65_HS1-834228961_62-HQ-83894_Section_7
Agency: FBI
Page 9
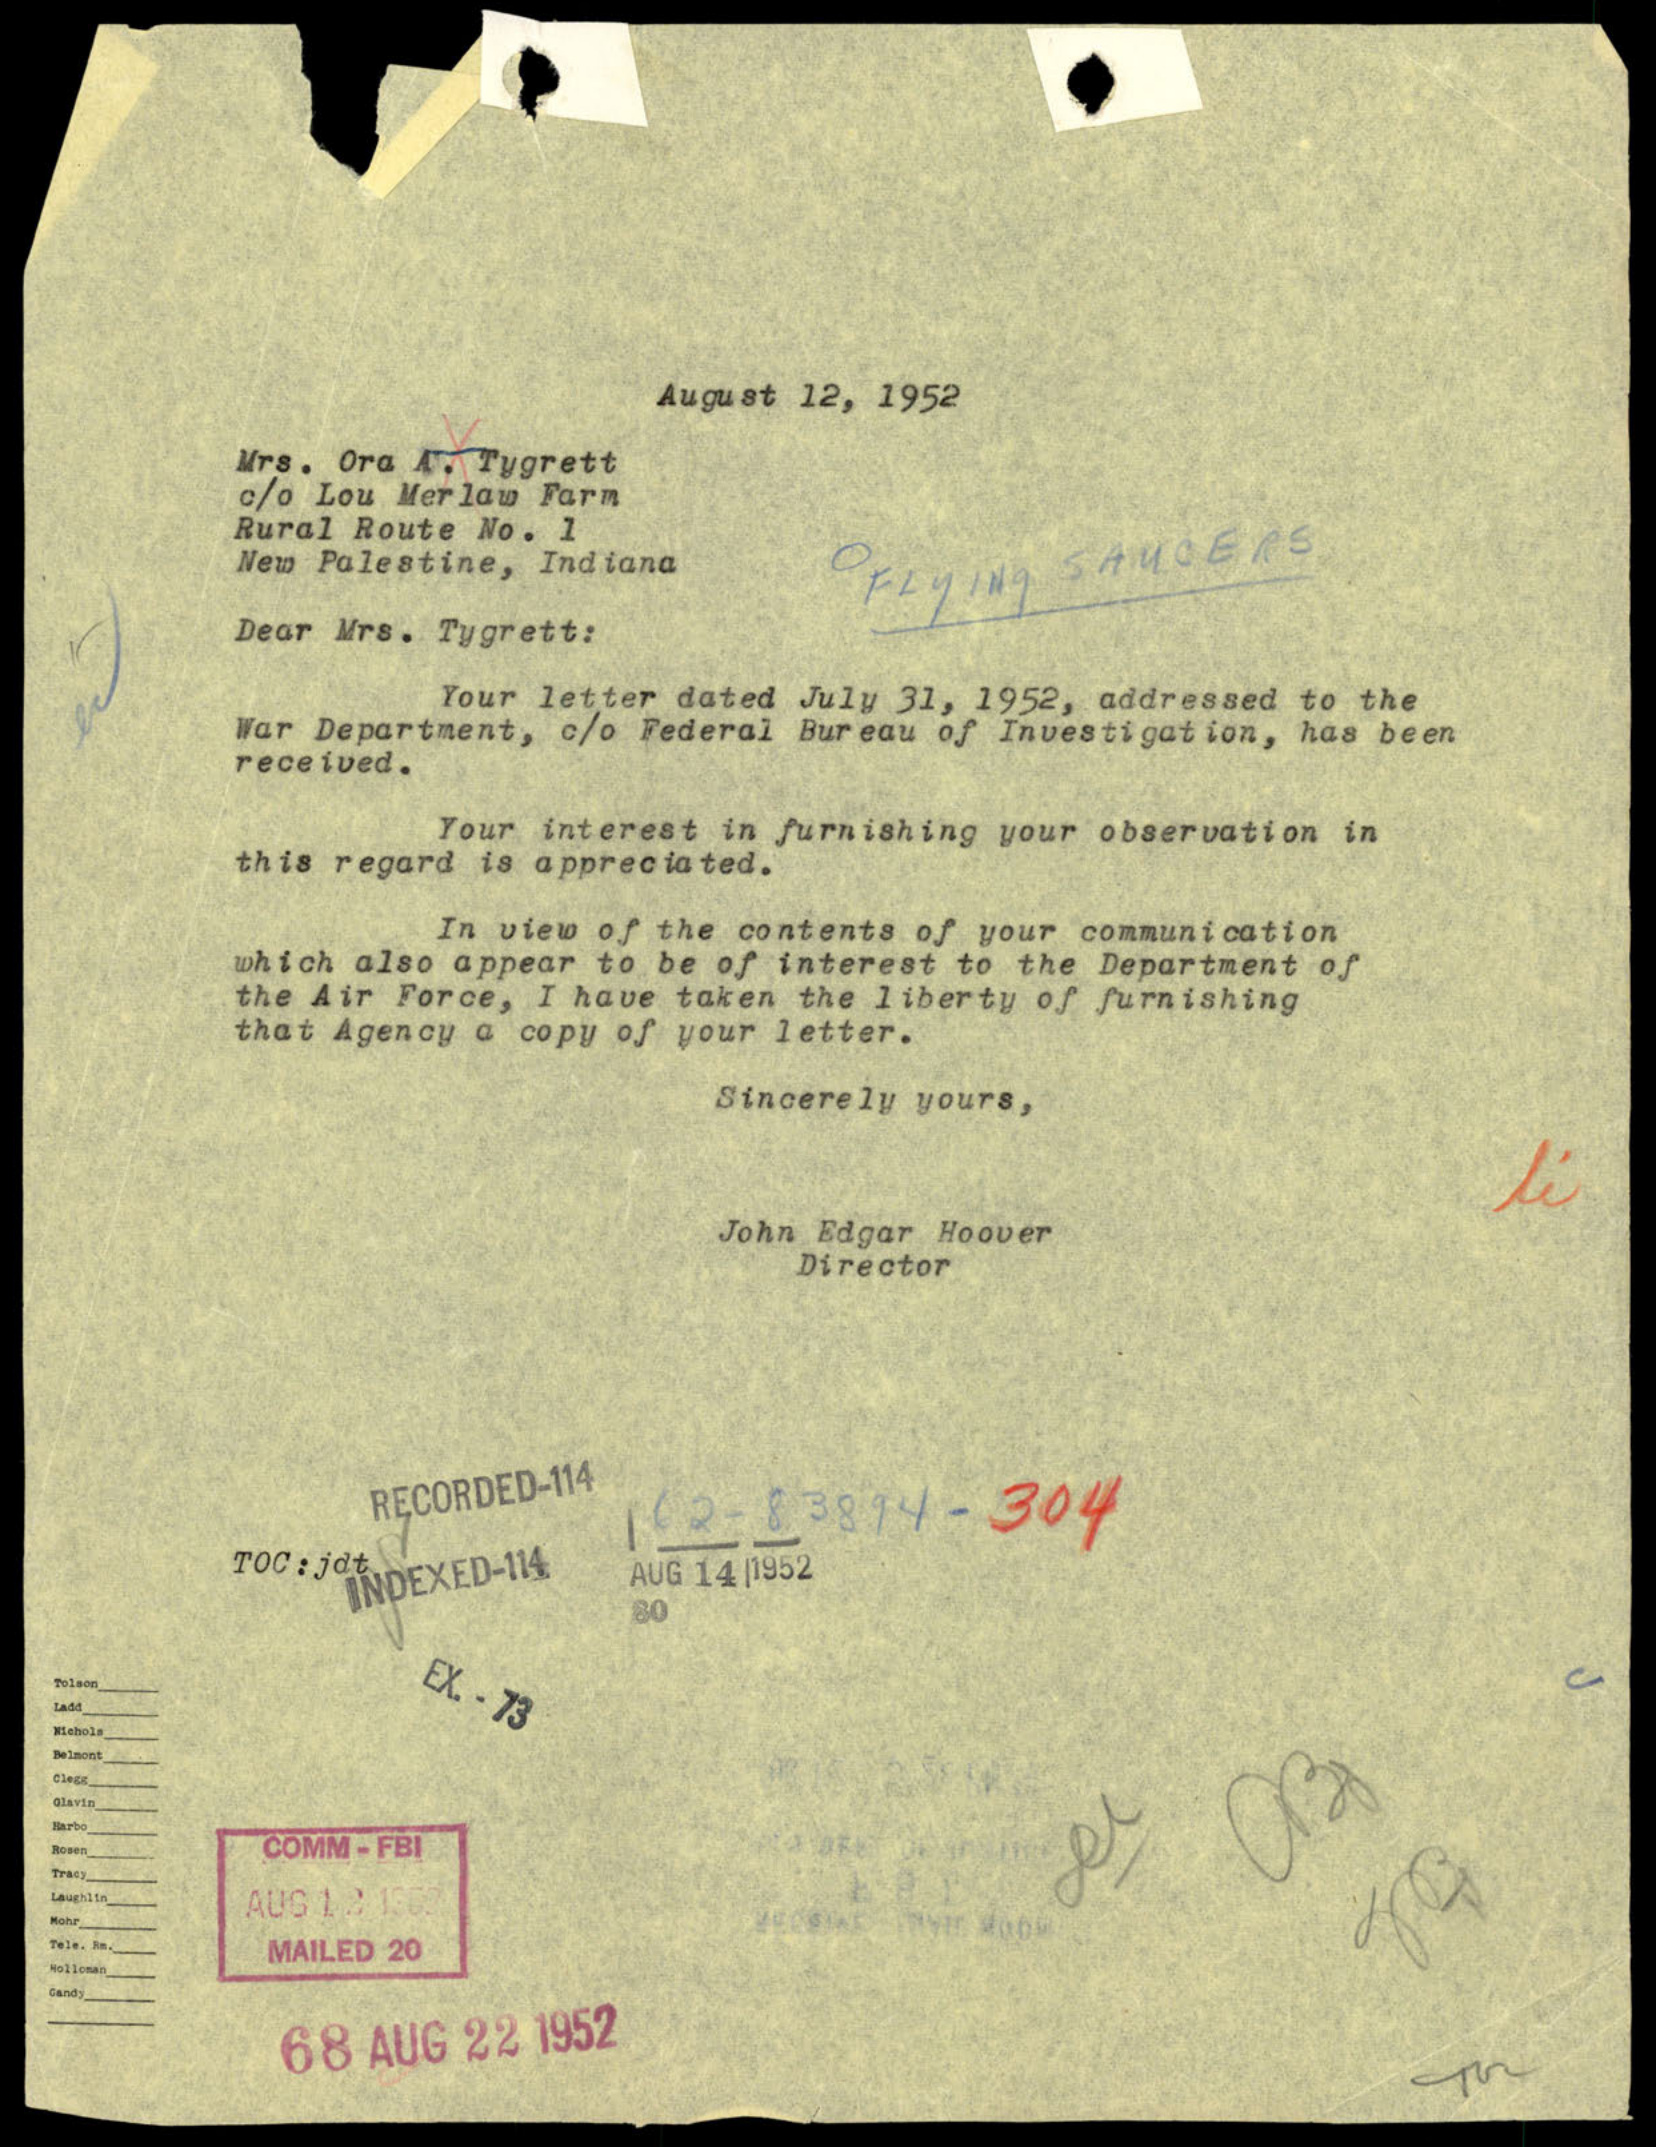